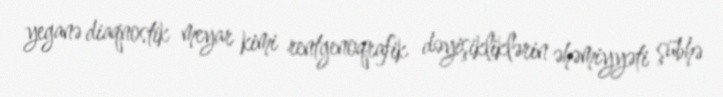
yeganə diaqnostik meyar kimi rentgenoqrafik dəyişikliklərin əhəmiyyəti şübhə